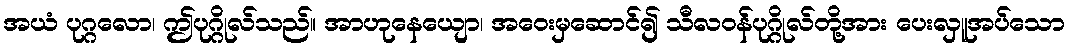
အယံ ပုဂ္ဂလော၊ ဤပုဂ္ဂိုလ်သည်။ အာဟုနေယျော၊ အဝေးမှဆောင်၍ သီလဝန်ပုဂ္ဂိုလ်တို့အား ပေးလှူအပ်သော